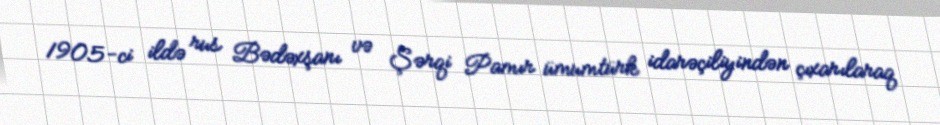
1905-ci ildə rus Bədəxşanı və Şərqi Pamır ümumtürk idarəçiliyindən çıxarılaraq